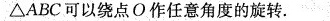
\bigtriangleup ABC可以绕点O作任意角度的旋转。